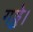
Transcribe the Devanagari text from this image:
गड्ढे।